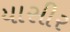
યાસીર